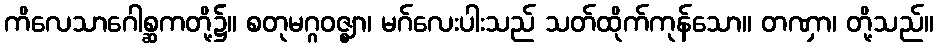
ကိလေသာဂေါစ္ဆကတို့၌။ စတုမဂ္ဂဝဇ္ဈာ၊ မဂ်လေးပါးသည် သတ်ထိုက်ကုန်သော။ တဏှာ၊ တို့သည်။